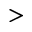
>